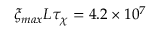
\xi _ { m a x } L \tau _ { \chi } = 4 . 2 \times 1 0 ^ { 7 }